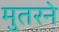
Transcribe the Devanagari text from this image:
मुतरने